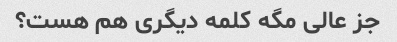
جز عالی مگه کلمه دیگری هم هست؟